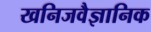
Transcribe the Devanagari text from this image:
खनिजवैज्ञानिक